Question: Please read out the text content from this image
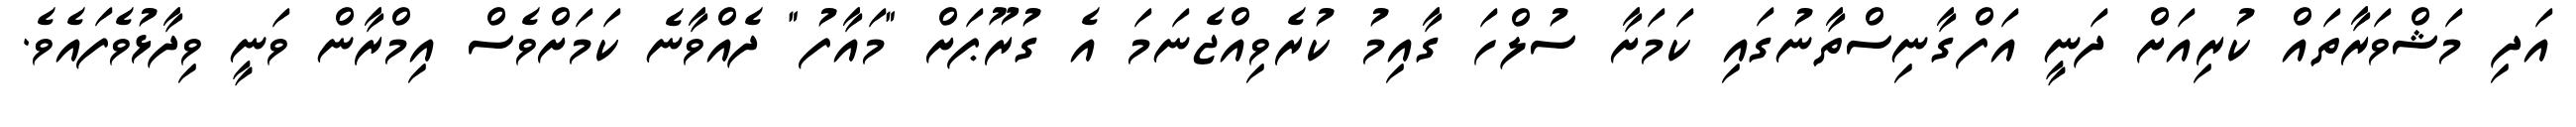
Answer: އަދި މަޝްވަރާތައް ކުރިއަށް ދަނީ އަފްގާނިސްތާނުގައި ކަމަށާ ސުލްހަ ގާއިމު ކުރެވިއްޖެނަމަ އެ ގުރޫޕަށް "މައާފު" ދެއްވާނެ ކަމަށްވެސް އިމްރާން ވަނީ ވިދާޅުވެފައެވެ.